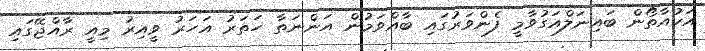
އަކުއާތޯން ބައިނަލްއަގުވާމީ ފެންވަރުގައި ބާއްވަމުން އަންނަތާ ހަތަރު އަހަރު ވީއިރު މިއީ ރާއްޖޭގައި